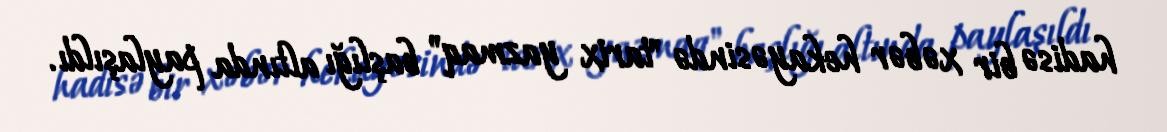
hadisə bir xəbər hekayəsində "tarix yazmaq" başlığı altında paylaşıldı.